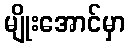
မျိုးအောင်မှာ